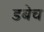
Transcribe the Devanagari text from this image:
डबेच